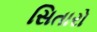
સિતારો